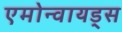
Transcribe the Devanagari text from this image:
एमोन्वायड्स